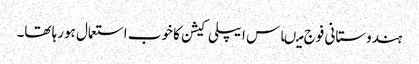
ہندوستانی فوج میںاس ایپلی کیشن کا خوب استعمال ہورہا تھا۔